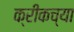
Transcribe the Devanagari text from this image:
क्रीकच्या